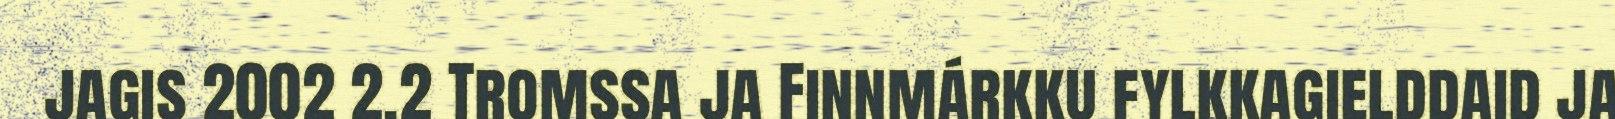
jagis 2002 2.2 Tromssa ja Finnmárkku fylkkagielddaid ja